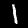
Digit: 1